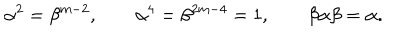
LaTeX: \alpha ^ { 2 } = \beta ^ { m - 2 } , \qquad \alpha ^ { 4 } = \beta ^ { 2 m - 4 } = 1 , \qquad \beta \alpha \beta = \alpha .